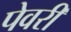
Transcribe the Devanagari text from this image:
पेवरी